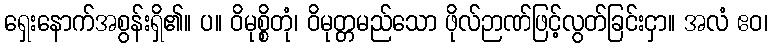
ရှေးနောက်အစွန်းရှိ၏။ ပ။ ဝိမုစ္စိတုံ၊ ဝိမုတ္တမည်သော ဖိုလ်ဉာဏ်ဖြင့်လွတ်ခြင်းငှာ။ အလံ ဧဝ၊